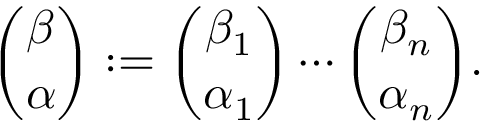
{ \binom { \beta } { \alpha } } : = { \binom { \beta _ { 1 } } { \alpha _ { 1 } } } \cdots { \binom { \beta _ { n } } { \alpha _ { n } } } .